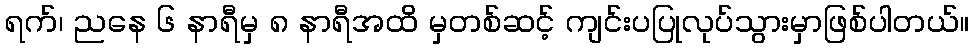
ရက်၊ ညနေ ၆ နာရီမှ ၈ နာရီအထိ မှတစ်ဆင့် ကျင်းပပြုလုပ်သွားမှာဖြစ်ပါတယ်။